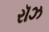
રૉઝ